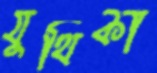
যুথিকা